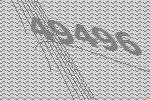
49496